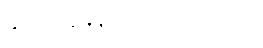
နှလုံးခုန်နှုန်း - ၇၂ ခု/မိနစ်